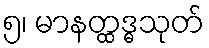
၅၊ မာနတ္ထဒ္ဓသုတ်